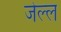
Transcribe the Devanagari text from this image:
जेल्ल